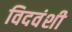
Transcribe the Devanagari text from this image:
विदवंशी